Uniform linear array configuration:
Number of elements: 32
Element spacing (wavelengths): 0.75
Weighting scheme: cosine
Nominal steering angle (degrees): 15
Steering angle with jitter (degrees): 16.89
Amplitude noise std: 0.05
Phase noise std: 0.05

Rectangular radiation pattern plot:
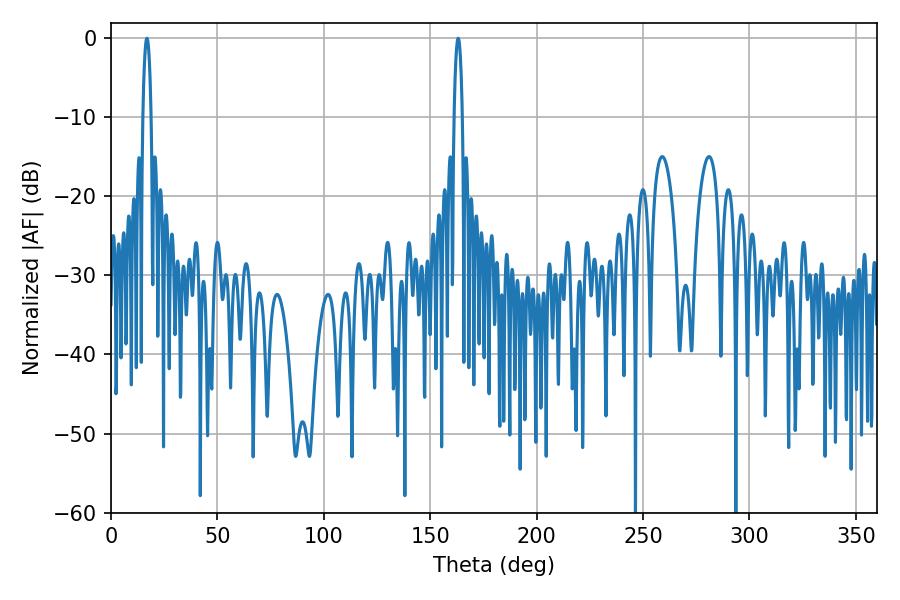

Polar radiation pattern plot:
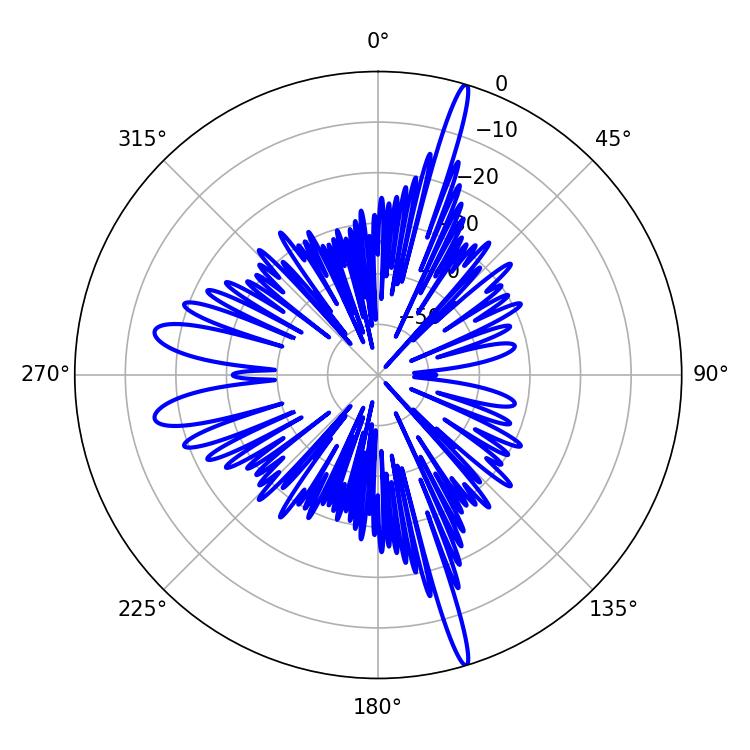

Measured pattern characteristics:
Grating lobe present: TRUE
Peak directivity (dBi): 20.851
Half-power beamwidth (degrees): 2.16
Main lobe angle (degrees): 16.92